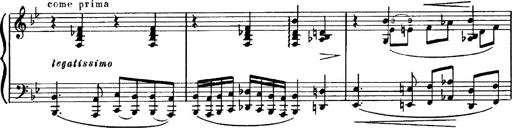
Title: Magyar dalok
Composer: Franz Liszt